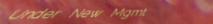
Under New Mgmt